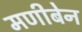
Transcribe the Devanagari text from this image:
मणीबेन